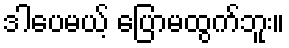
ဒါပေမယ့် ပြောမထွက်ဘူး။